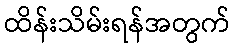
ထိန်းသိမ်းရန်အတွက်